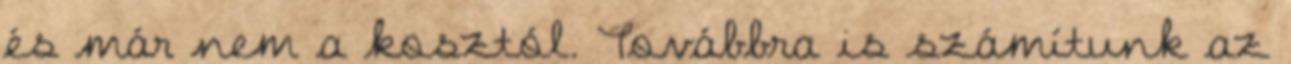
és már nem a kosztól. Továbbra is számítunk az